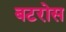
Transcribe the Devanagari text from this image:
बटरोस